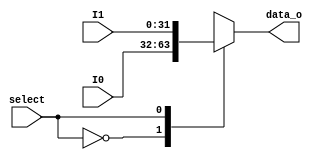
/* Mdulo que representa um multiplexador geral de 2 entradas de 32-bits e uma sada de 32-bits */
module mux2to1 (
  input select, // entrada que seleciona qual das duas entradas deve passar para a sada
  input [31:0] I0, I1, // valores de entrada
  output [31:0] data_o // valores de sada
);

  
  reg [31:0] data_o_r; // reg para ser utilizado no bloco always

  always @(*) begin
    case (select)
      1'd0: data_o_r = I0; // caso o seletor for 0, I0 deve passar para a sada
      1'd1: data_o_r = I1; // caso o seletor for 1, I1 deve passar para a sada
    endcase
  end
  
  assign data_o = data_o_r;

endmodule